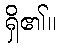
ရှိ၏။